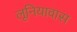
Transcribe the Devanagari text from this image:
लूनियावास